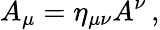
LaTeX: A_{\mu}=\eta_{\mu\nu}A^{\nu}\, ,